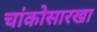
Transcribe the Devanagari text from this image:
चांकोसारखा